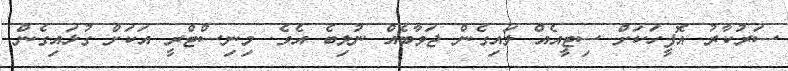
ސަރުކާރު އޮފީހަކަށް ސިޓީއެއް ލައިގެން ޖަވާބެއް ނުލިބެ އެވެ. މިނިސްޓްރީ އަކަށް ގުޅައިގެން